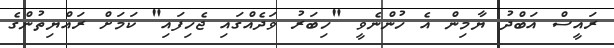
ރައީސް އަބްދު ޔާމިން އެ ހުންނެވީ "ހިބަރު ވަދެއްގައި ޖެހިފައި" ކަމަށް ރައްޔިތުންގެ